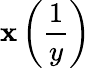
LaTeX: \mathbf{x}\left({\frac{{1}}{{y}}}\right)